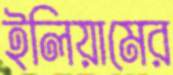
ইলিয়ামের